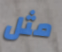
مثل